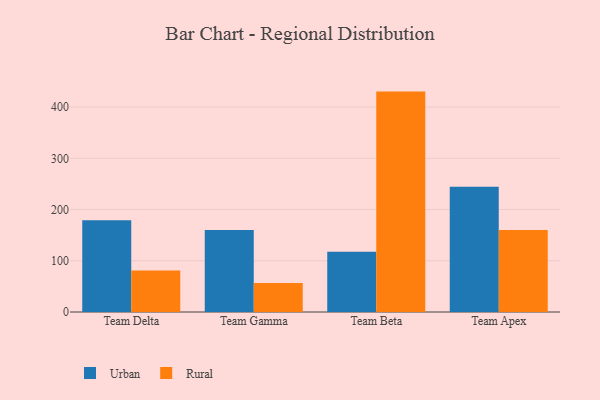
{"axis": {"x": "Team", "y": "Customer Acquisition Cost (USD)"}, "legend": ["Rural", "Urban"], "data": [{"x": "Team Delta", "y": 178.9, "type": "Urban"}, {"x": "Team Delta", "y": 80.8, "type": "Rural"}, {"x": "Team Gamma", "y": 160.3, "type": "Urban"}, {"x": "Team Gamma", "y": 56.8, "type": "Rural"}, {"x": "Team Beta", "y": 117.6, "type": "Urban"}, {"x": "Team Beta", "y": 430.2, "type": "Rural"}, {"x": "Team Apex", "y": 244.6, "type": "Urban"}, {"x": "Team Apex", "y": 160.2, "type": "Rural"}]}